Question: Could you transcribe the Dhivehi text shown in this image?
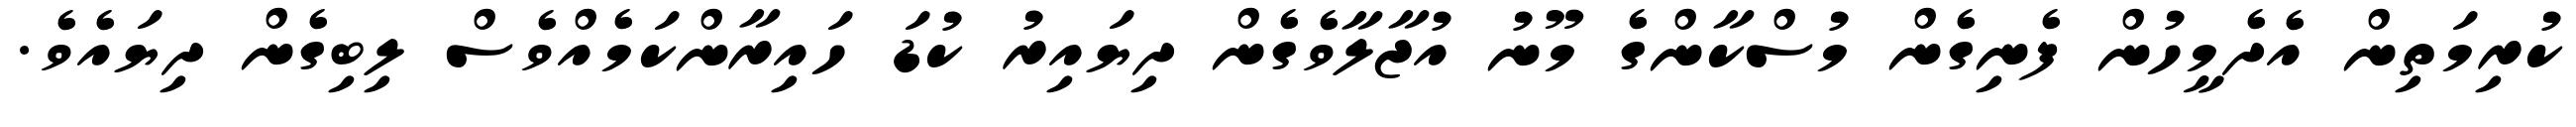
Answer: ކުރިމަތިން އެދެމީހުން ފެނިގެން މުސްކާންގެ މޫނު އުޖާލާވެގެން ދިޔައިރު ކުޑަ ހައިރާންކަމެއްވެސް ލިބިގެން ދިޔައެވެ.